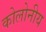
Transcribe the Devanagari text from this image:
कोलोनीय